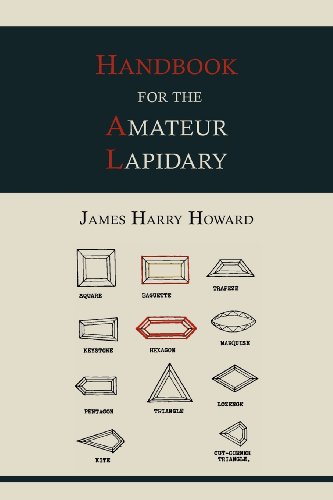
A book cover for Handbook for the Amateur Lapidary; James Harry Howard; Crafts, Hobbies & Home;